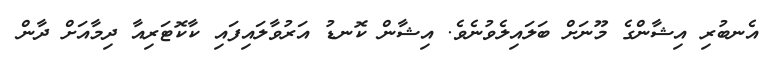
އެނބުރި އިޝާންގެ މޫނަށް ބަލައިލެވުނެވެ. އިޝާން ކޮނޑު އަރުވާލައިފައި ކާކޮޓަރިއާ ދިމާއަށް ދާން